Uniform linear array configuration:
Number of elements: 16
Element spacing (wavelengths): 0.75
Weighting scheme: kaiser
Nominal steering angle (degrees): -60
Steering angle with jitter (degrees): -58.71
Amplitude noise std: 0.05
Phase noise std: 0.05

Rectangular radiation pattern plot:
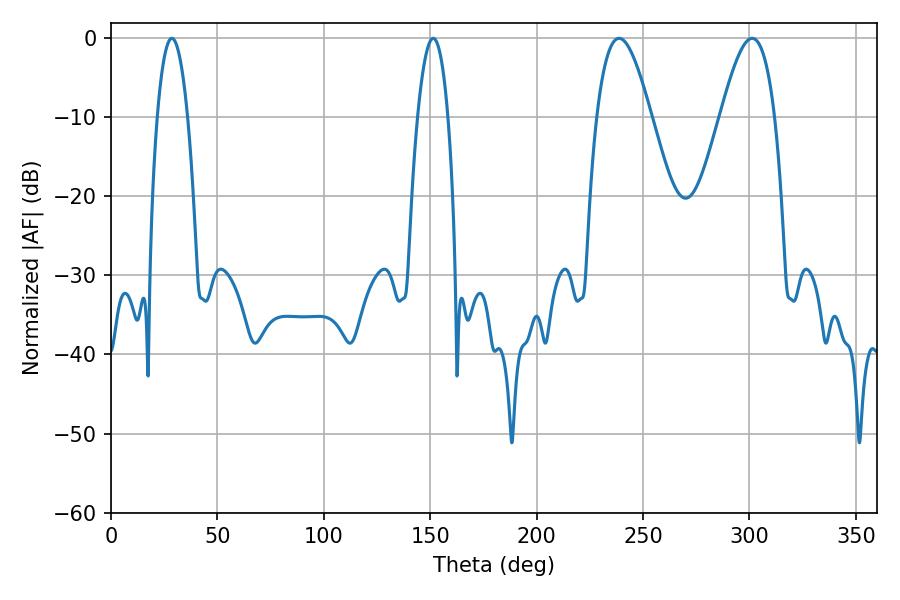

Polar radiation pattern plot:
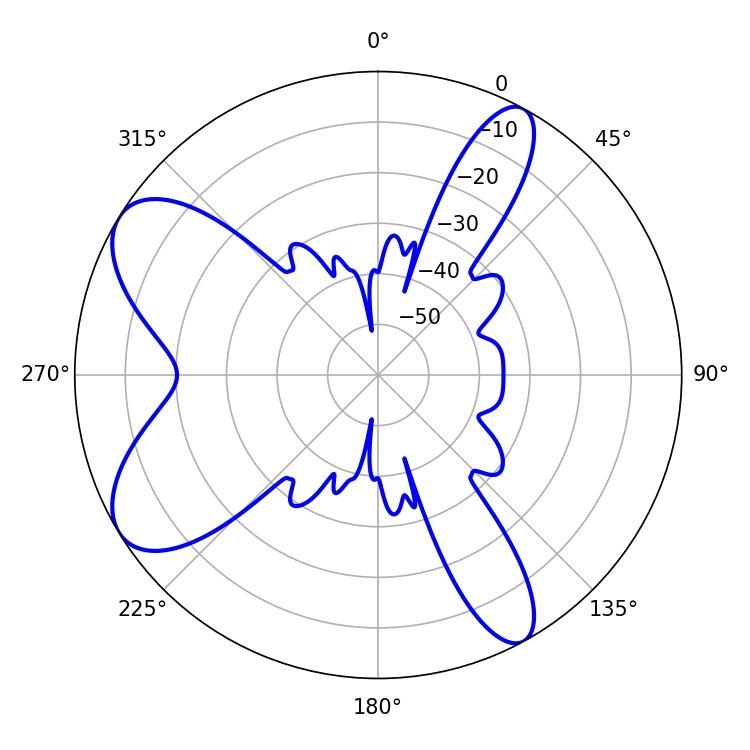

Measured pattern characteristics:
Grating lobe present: TRUE
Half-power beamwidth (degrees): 7.92
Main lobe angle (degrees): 28.62